Annual report of the Punjab Veterinary College and of the Civil Veterinary Department, Punjab - 1926-1932
Year: 1926
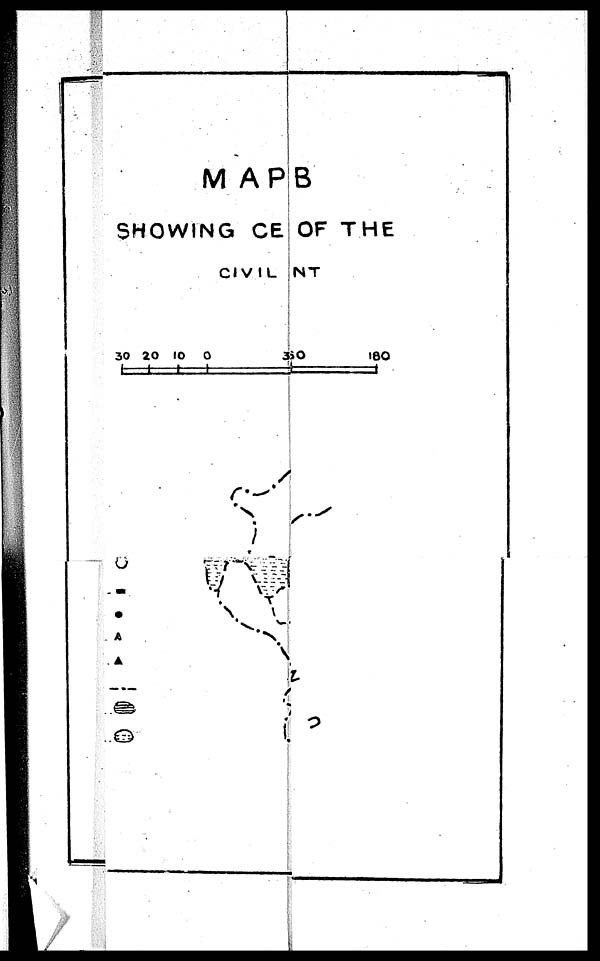
MAPB
SHOWING CE OF THE
CIVIL NT